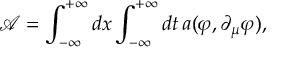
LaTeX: \mathcal { A } = \int _ { - \infty } ^ { + \infty } d x \int _ { - \infty } ^ { + \infty } d t \, a ( \varphi , \partial _ { \mu } \varphi ) ,